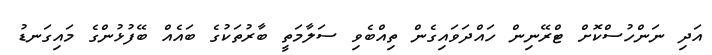
އަދި ނަންހުސްކޮށް ޓްރޭނިން ހައްދަވައިގެން ތިއްބެވި ސަލާމަތީ ބާރުތަކުގެ ބައެއް ބޭފުޅުންގެ މައިގަނޑު